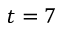
t = 7